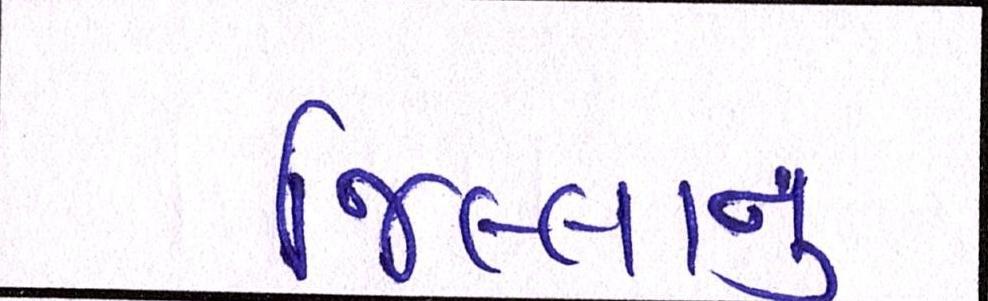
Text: જિલ્લાનું